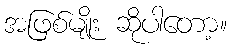
အဖြစ်မျိုး ဆိုပါတော့။